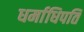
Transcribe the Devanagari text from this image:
धर्माधिपति